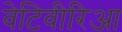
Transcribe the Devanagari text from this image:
वेटिवीरिआ